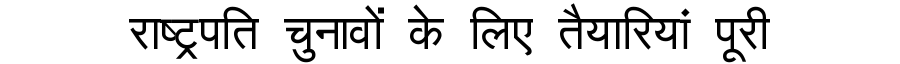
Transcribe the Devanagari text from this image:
राष्ट्रपति चुनावों के लिए तैयारियां पूरी